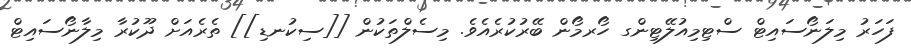
ފަހަރު މިލަނޯސައިޓް ސްޓިމިއުލޭޓިންގ ހޯރމޯން ބޭރުކުރެއެވެ. މިސެލްތަކުން [[ސިކުނޑި]] ތެރެއަށް ދޫކުރާ މިލާނޯސައިޓް